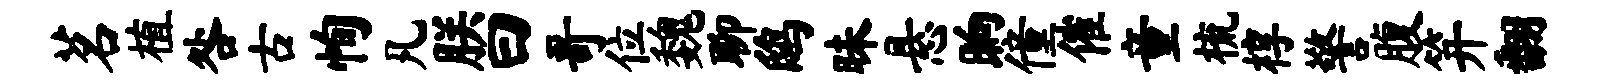
茗植咎古恂凡朕曰哥位魏聊鸱昧悬晌僮催童梳椁警腹笄翻